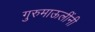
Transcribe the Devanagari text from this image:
गुरुमाऊलींनी